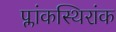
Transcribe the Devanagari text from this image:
प्लांकस्थिरांक